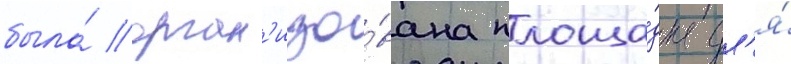
была́ орган'изо́вана площа́дка дл'я́